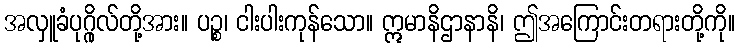
အလှူခံပုဂ္ဂိုလ်တို့အား။ ပဉ္စ၊ ငါးပါးကုန်သော။ ဣမာနိဌာနာနိ၊ ဤအကြောင်းတရားတို့ကို။